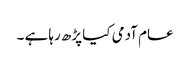
عام آدمی کیا پڑھ رہا ہے ۔